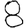
Digit: 8